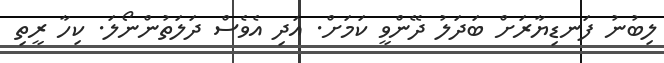
ލިބުނު ފަނޑިޔާރަށް ބަދަލު ދޭންވީ ކަމަށް. އަދި އެވެސް ދަލަތުންނޯލަ. ކިހާ ރީތި